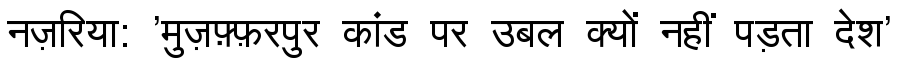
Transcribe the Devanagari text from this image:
नज़रिया: 'मुज़फ़्फ़रपुर कांड पर उबल क्यों नहीं पड़ता देश'